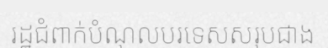
រដ្ឋជំពាក់បំណុលបរទេសសរុបជាង